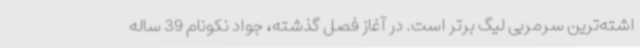
اشته‌ترین سرمربی لیگ برتر است. در آغاز فصل گذشته، جواد نکونام 39 ساله